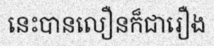
នេះបានលឿនក៏ជារឿង